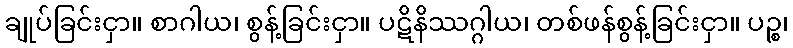
ချုပ်ခြင်းငှာ။ စာဂါယ၊ စွန့်ခြင်းငှာ။ ပဋိနိဿဂ္ဂါယ၊ တစ်ဖန်စွန့်ခြင်းငှာ။ ပဉ္စ၊